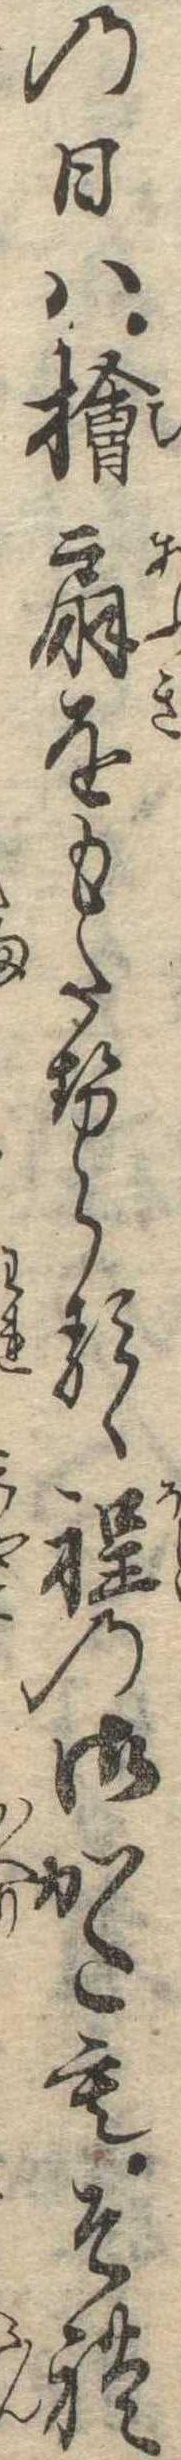
の日は桧扇をもたせらるゝ程の御かたもそれ